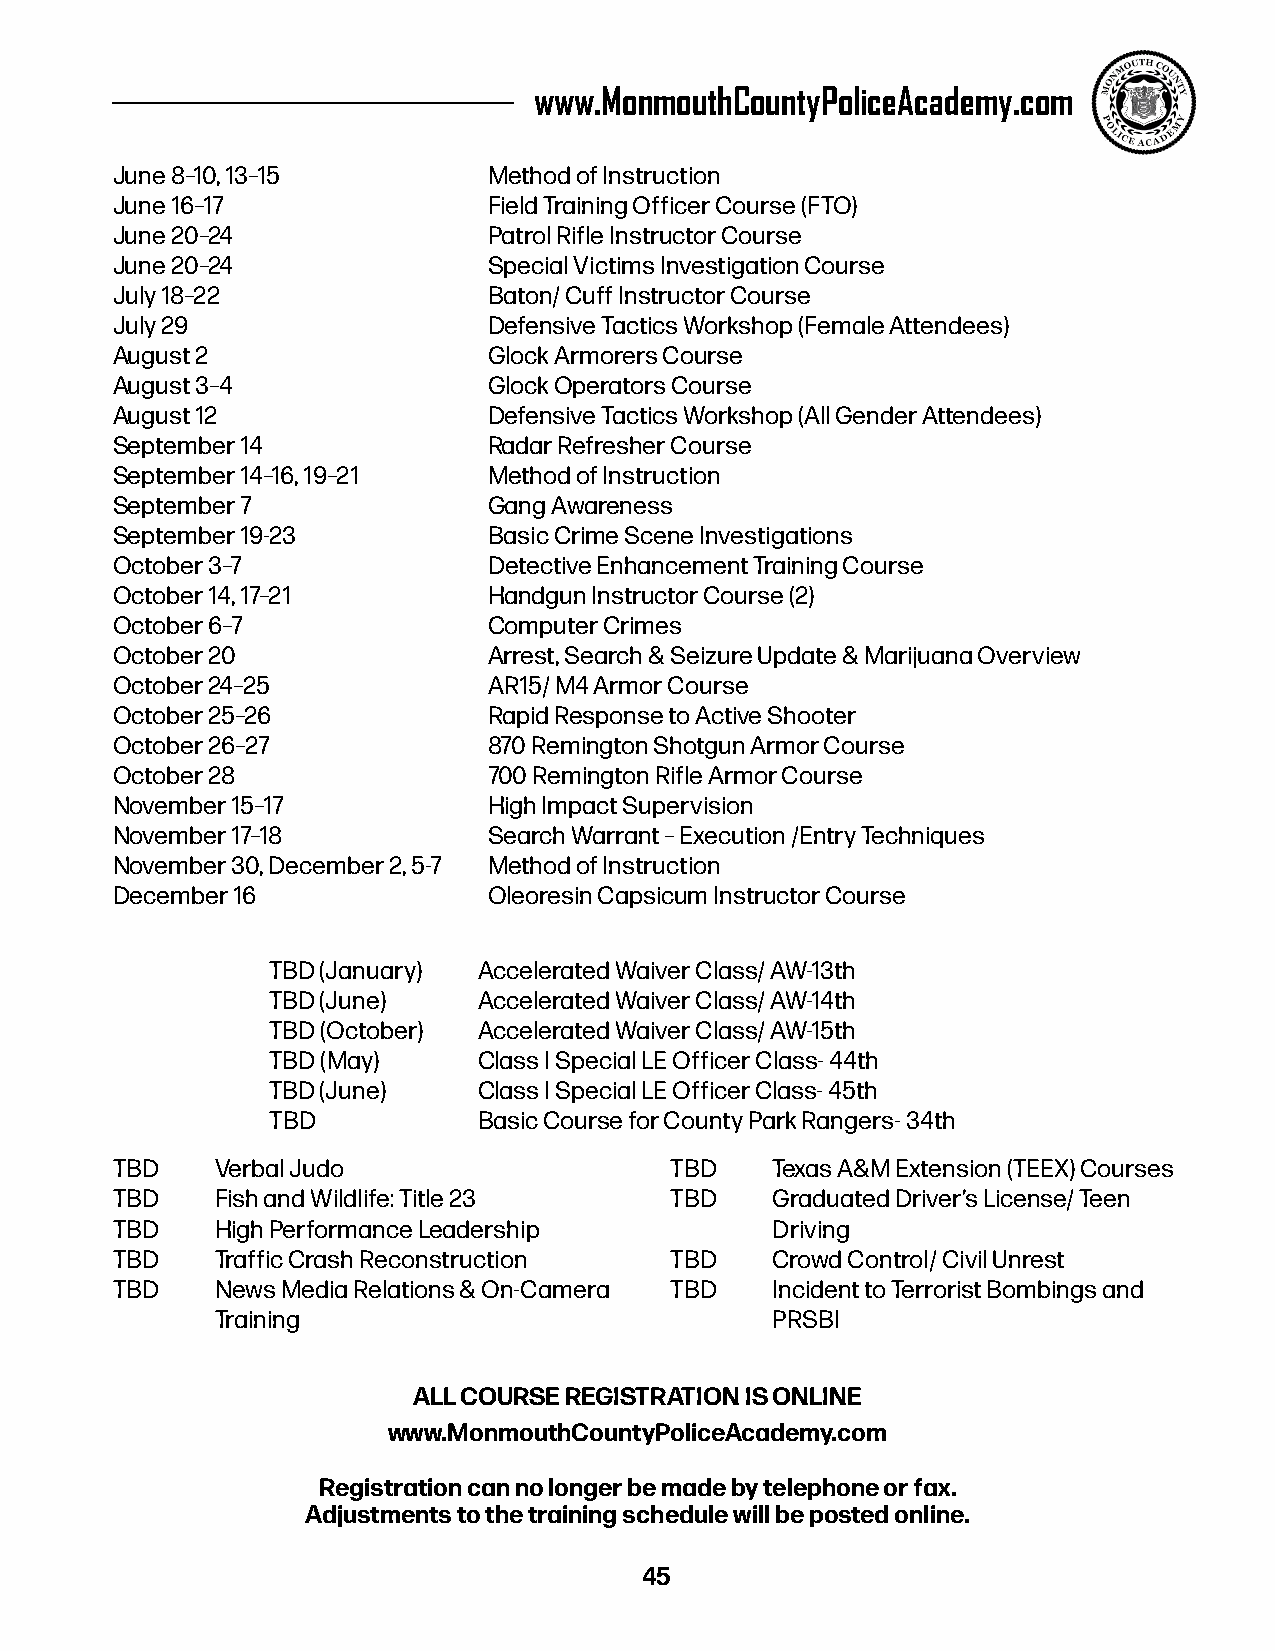
www.MonmouthCountyPoliceAcademy.com
 June 8–10, 13–15         Method of Instruction
 June 16–17               Field Training Officer Course (FTO)
 June 20–24               Patrol Rifle Instructor Course
 June 20–24               Special Victims Investigation Course
 July 18–22               Baton/ Cuff Instructor Course
 July 29                  Defensive Tactics Workshop (Female Attendees)
 August 2                 Glock Armorers Course
 August 3–4               Glock Operators Course
 August 12                Defensive Tactics Workshop (All Gender Attendees)
 September 14             Radar Refresher Course
 September 14–16, 19–21   Method of Instruction
 September 7              Gang Awareness
 September 19-23          Basic Crime Scene Investigations
 October 3–7              Detective Enhancement Training Course
 October 14, 17–21        Handgun Instructor Course (2)
 October 6–7              Computer Crimes
 October 20               Arrest, Search & Seizure Update & Marijuana Overview
 October 24–25            AR15/ M4 Armor Course
 October 25–26            Rapid Response to Active Shooter
 October 26–27            870 Remington Shotgun Armor Course
 October 28               700 Remington Rifle Armor Course
 November 15–17           High Impact Supervision
 November 17–18           Search Warrant – Execution /Entry Techniques
 November 30, December 2, 5-7 Method of Instruction
 December 16              Oleoresin Capsicum Instructor Course
 TBD (January) Accelerated Waiver Class/ AW-13th
 TBD (June)    Accelerated Waiver Class/ AW-14th
 TBD (October) Accelerated Waiver Class/ AW-15th
 TBD (May)     Class I Special LE Officer Class- 44th
 TBD (June)    Class I Special LE Officer Class- 45th
 TBD           Basic Course for County Park Rangers- 34th
 TBD    Verbal Judo                   TBD    Texas A&M Extension (TEEX) Courses
 TBD    Fish and Wildlife: Title 23   TBD    Graduated Driver’s License/ Teen
 TBD    High Performance Leadership          Driving
 TBD    Traffic Crash Reconstruction  TBD    Crowd Control/ Civil Unrest
 TBD    News Media Relations & On-Camera TBD Incident to Terrorist Bombings and
 Training                             PRSBI
 ALL COURSE REGISTRATION IS ONLINE
 www.MonmouthCountyPoliceAcademy.com
 Registration can no longer be made by telephone or fax.
 Adjustments to the training schedule will be posted online.
 45